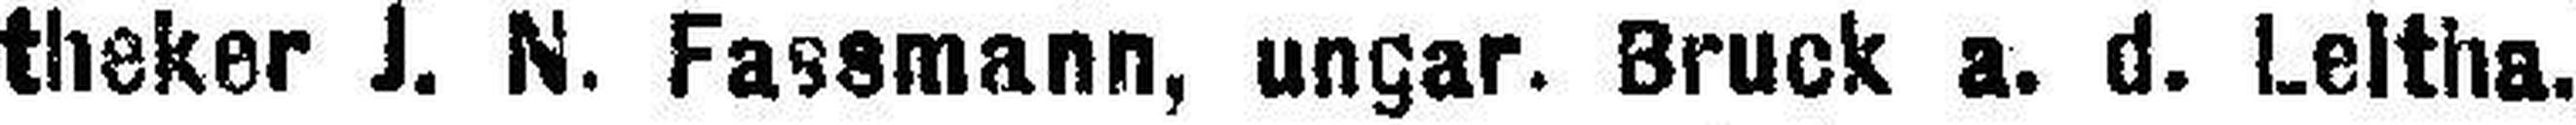
theker J. N. Fassmann, ungar. Bruck a. d. Leitha.